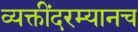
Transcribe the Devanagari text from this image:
व्यक्तींदरम्यानच